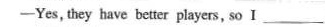
-Yes, they have better players, so Ⅰ___